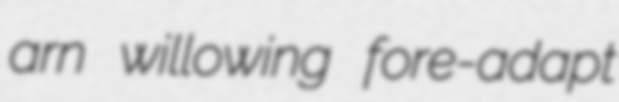
arn willowing fore-adapt